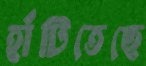
হাঁটিতেছে